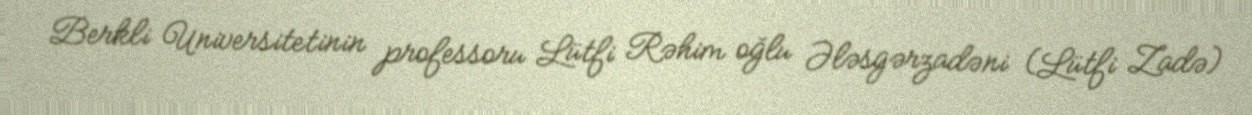
Berkli Universitetinin professoru Lütfi Rəhim oğlu Ələsgərzadəni (Lütfi Zadə)